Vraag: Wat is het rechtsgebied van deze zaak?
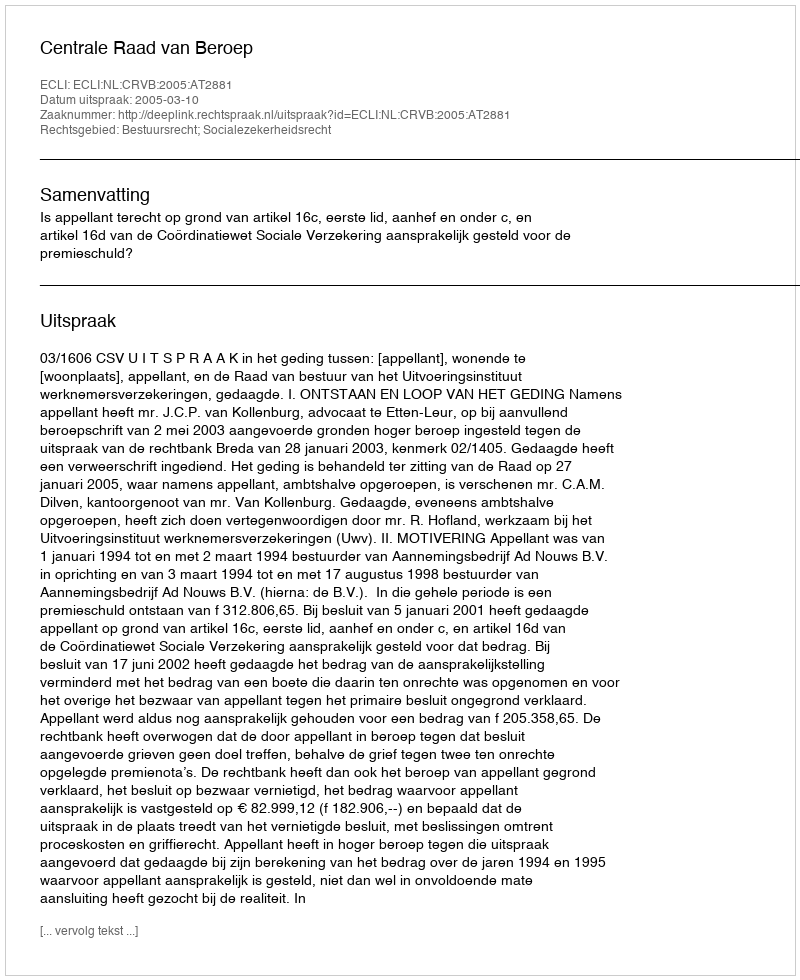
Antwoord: Bestuursrecht; Socialezekerheidsrecht